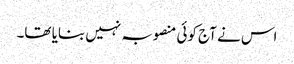
اس نے آج کوئی منصوبہ نہیں بنایا تھا۔